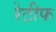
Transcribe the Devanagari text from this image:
रेटीफ